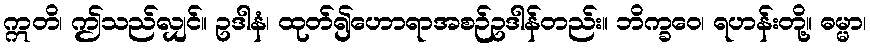
ဣတိ၊ ဤသည်လျှင်။ ဥဒါနံ၊ ထုတ်၍ဟောရာအစဉ်ဥဒါန်တည်း။ ဘိက္ခဝေ၊ ရဟန်းတို့။ ဓမ္မာ၊